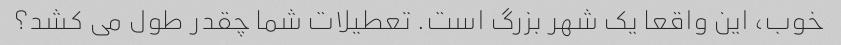
خوب، این واقعا یک شهر بزرگ است. تعطیلات شما چقدر طول می کشد؟